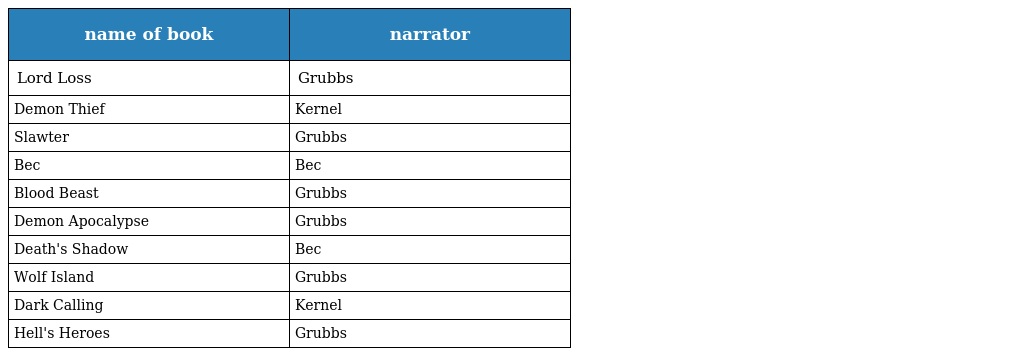
| name of book | narrator |
 | --- | --- |
 | Lord Loss | Grubbs |
 | Demon Thief | Kernel |
 | Slawter | Grubbs |
 | Bec | Bec |
 | Blood Beast | Grubbs |
 | Demon Apocalypse | Grubbs |
 | Death's Shadow | Bec |
 | Wolf Island | Grubbs |
 | Dark Calling | Kernel |
 | Hell's Heroes | Grubbs |